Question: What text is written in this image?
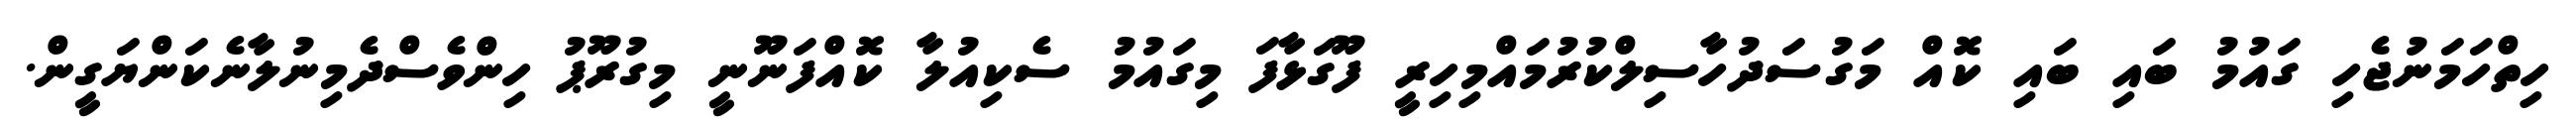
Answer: ހިތްހަމަނުޖެހި ގައުމު ބައި ބައި ކޮއް މަގުސަދުހާސިލްކުރުމައްމިހިރީ ފޫގަޅާފަ މިގައުމު ސެކިއުލާ ކޮއްފަނޫނީ މިގުރޫޕު ހިންވެސްދެމިނުލާނެކަންޔަގީން.